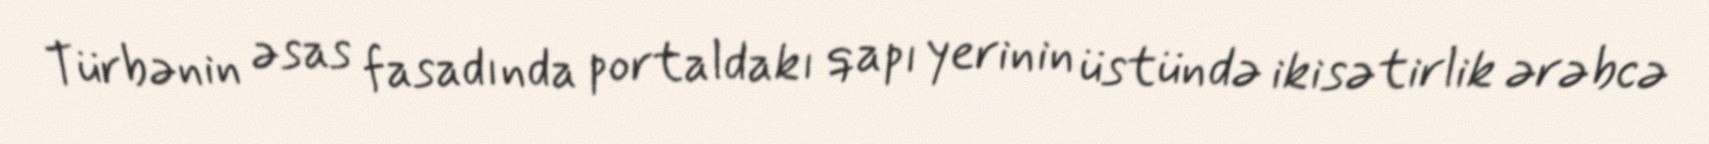
Türbənin əsas fasadında portaldakı qapı yerinin üstündə ikisətirlik ərəbcə